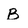
Character: B